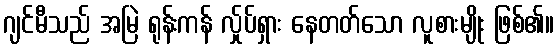
ဂျင်မီသည် အမြဲ ရုန်းကန် လ်ှုပ်ရှား နေတတ်သော လူစားမျိုး ဖြစ်၏။